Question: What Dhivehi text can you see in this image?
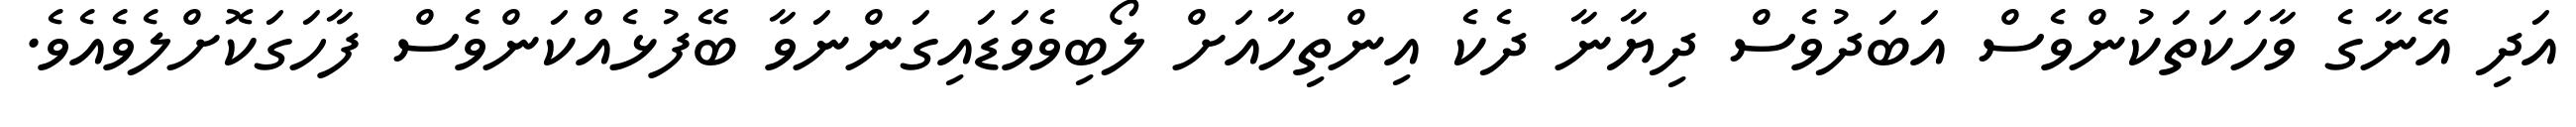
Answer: އަދި އޭނާގެ ވާހަކަތަކުންވެސް އަބަދުވެސް ދިޔާނާ ދެކެ އިންތިހާއަށް ލޯބިވެވަޑައިގަންނަވާ ބޭފުޅެއްކަންވެސް ފާހަގަކޮށްލެވެއެވެ.